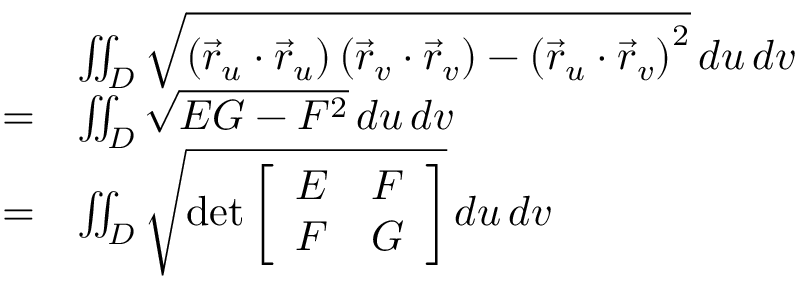
{ \begin{array} { r l } & { \iint _ { D } { \sqrt { \left( { \vec { r } } _ { u } \cdot { \vec { r } } _ { u } \right) \left( { \vec { r } } _ { v } \cdot { \vec { r } } _ { v } \right) - \left( { \vec { r } } _ { u } \cdot { \vec { r } } _ { v } \right) ^ { 2 } } } \, d u \, d v } \\ { = } & { \iint _ { D } { \sqrt { E G - F ^ { 2 } } } \, d u \, d v } \\ { = } & { \iint _ { D } { \sqrt { \operatorname* { d e t } { \left[ \begin{array} { l l } { E } & { F } \\ { F } & { G } \end{array} \right] } } } \, d u \, d v } \end{array} }